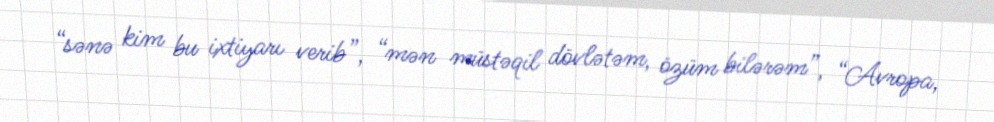
“sənə kim bu ixtiyarı verib”, “mən müstəqil dövlətəm, özüm bilərəm”, “Avropa,